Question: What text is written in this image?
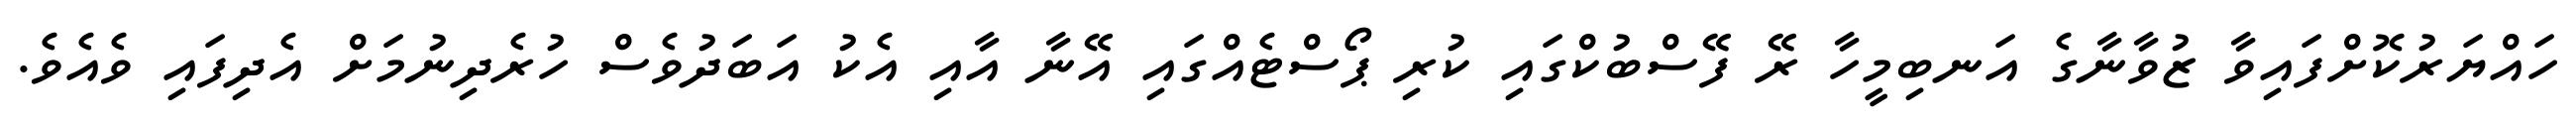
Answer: ހައްޔަރުކޮށްފައިވާ ޒުވާނާގެ އަނބިމީހާ ރޭ ފޭސްބުކްގައި ކުރި ޕޯސްޓެއްގައި އޭނާ އާއި އެކު އަބަދުވެސް ހުރެދިނުމަށް އެދިފައި ވެއެވެ.